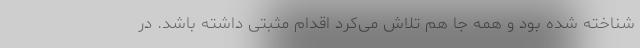
شناخته شده بود و همه جا هم تلاش می‌کرد اقدام مثبتی داشته باشد. در